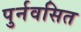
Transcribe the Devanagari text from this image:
पुर्नवसित